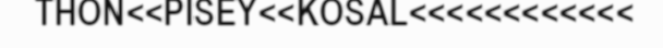
THON<<PISEY<<KOSAL<<<<<<<<<<<<